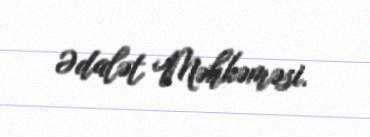
Ədalət Məhkəməsi.